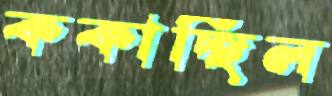
ককাচ্ছিল